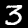
Digit: 3